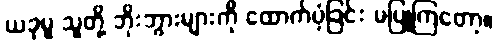
ယခုမူ သူတို့ ဘိုးဘွားများကို ထောက်ပံ့ခြင်း မပြုကြတော့။